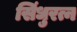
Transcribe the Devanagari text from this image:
सिंधुरत्न